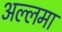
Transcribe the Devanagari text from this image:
अल्लमा